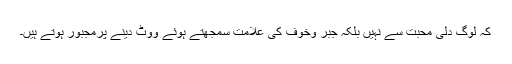
کہ لوگ دلی محبت سے نہیں بلکہ جبر وخوف کی علامت سمجھتے ہوئے ووٹ دینے پرمجبور ہوتے ہیں۔